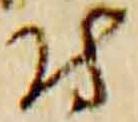
付